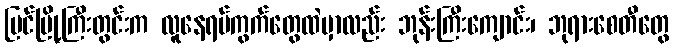
ပြင်မြို့ကြီးတွင်းက လူနေရပ်ကွက်တွေထဲမှာလည်း ဘုန်းကြီးကျောင်း၊ ဘုရားစေတီတွေ